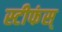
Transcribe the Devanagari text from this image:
स्टीफंस्